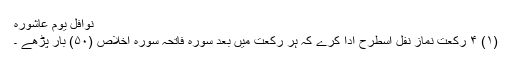
نوافل یومِ عاشورہ
(۱) ۴ رکعت نمازِ نفل اسطرح ادا کرے کہ ہر رکعت میں بعد سورہ فاتحہ سورہ اخلاص (۵۰) بار پڑھے ۔